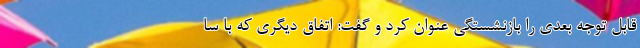
قابل توجه بعدی را بازنشستگی عنوان کرد و گفت: اتفاق دیگری که با سا